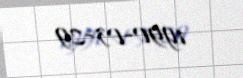
1990-03-29